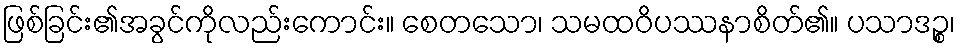
ဖြစ်ခြင်း၏အခွင်ကိုလည်းကောင်း။ စေတသော၊ သမထဝိပဿနာစိတ်၏။ ပသာဒဉ္စ၊